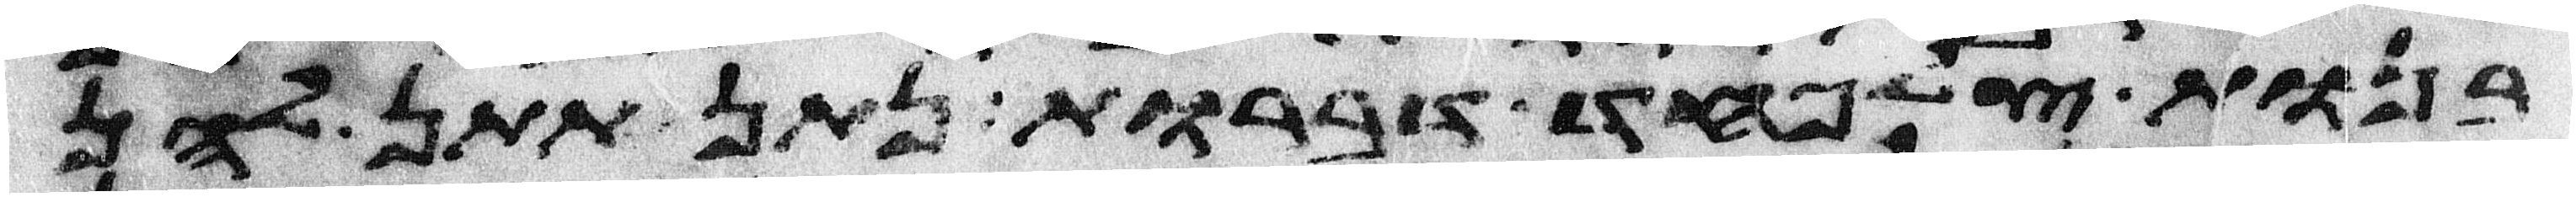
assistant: בנות צלפחד דברות נתן תתן להן